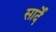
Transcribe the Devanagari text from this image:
सार्दे